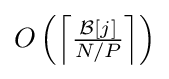
O\left(\left\lceil {\tfrac {{\mathcal {B}}[j]}{N/P}}\right\rceil \right)